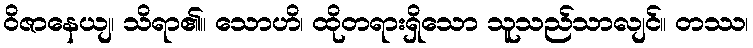
ဝိဇာနေယျ၊ သိရာ၏။ သောဟိ၊ ထိုတရားရှိသော သူသည်သာလျင်။ တဿ၊